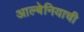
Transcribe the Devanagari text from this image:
आल्बेनियाची